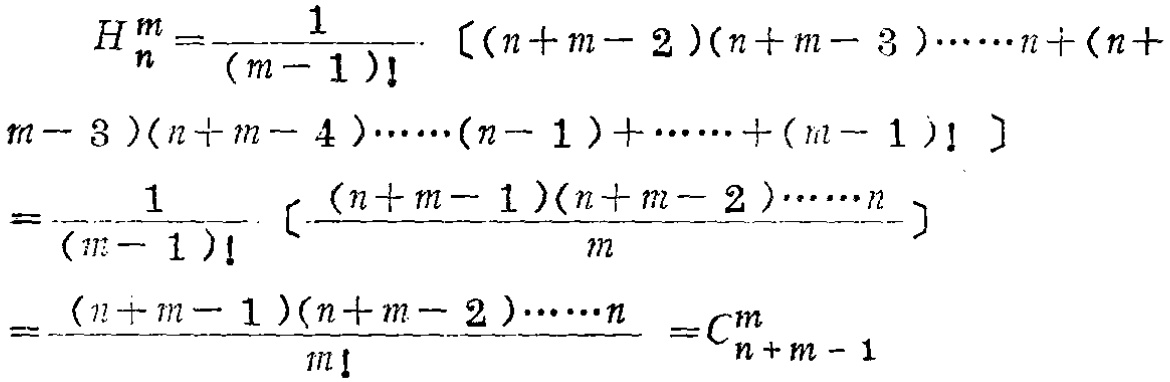
\[

\begin{align*}

H_{n}^{m}&=\frac{1}{(m - 1)!}\cdot[(n + m - 2)(n + m - 3)\cdots\cdots n+(n + m - 3)(n + m - 4)\cdots\cdots(n - 1)+\cdots\cdots+(m - 1)!]\\

&=\frac{1}{(m - 1)!}\cdot\left[\frac{(n + m - 1)(n + m - 2)\cdots\cdots n}{m}\right]\\

&=\frac{(n + m - 1)(n + m - 2)\cdots\cdots n}{m!}=C_{n + m - 1}^{m}

\end{align*}

\]